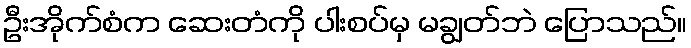
ဦးအိုက်စံက ဆေးတံကို ပါးစပ်မှ မချွတ်ဘဲ ပြောသည်။